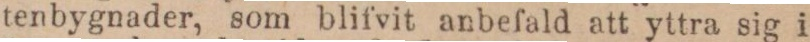
tenbygnader, som blifvit anbefald att yttra sig i